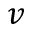
v